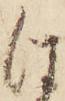
は